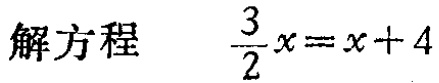
解方程 $\frac{3}{2}x = x + 4$